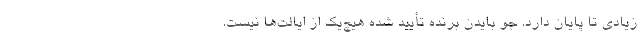
زیادی تا پایان دارد. جو بایدن برنده تأیید شده هیچ‌یک از ایالت‌ها نیست.